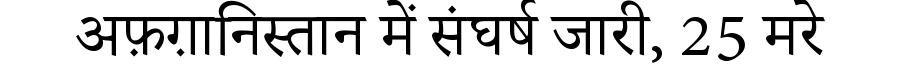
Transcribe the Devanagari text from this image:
अफ़ग़ानिस्तान में संघर्ष जारी, 25 मरे